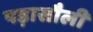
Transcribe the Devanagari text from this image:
पड़ासौली